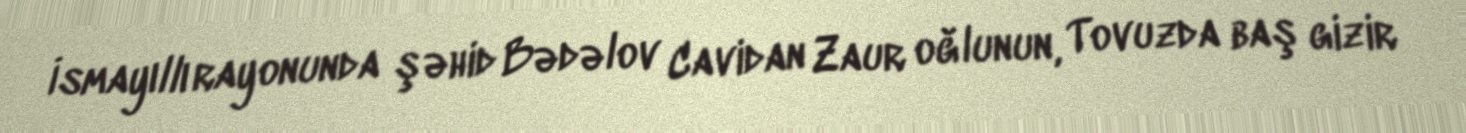
İsmayıllı rayonunda şəhid Bədəlov Cavidan Zaur oğlunun, Tovuzda baş gizir